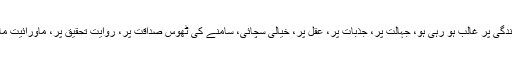
موت زندگی پر غالب ہو رہی ہو، جہالت پر، جذبات پر، عقل پر، خیالی سچائی، سامنے کی ٹھوس صداقت پر، روایت تحقیق پر، ماورائیت مادے پر۔